Calcutta medical institutions reports 1879-81 [i.e.91]
Year: 1879
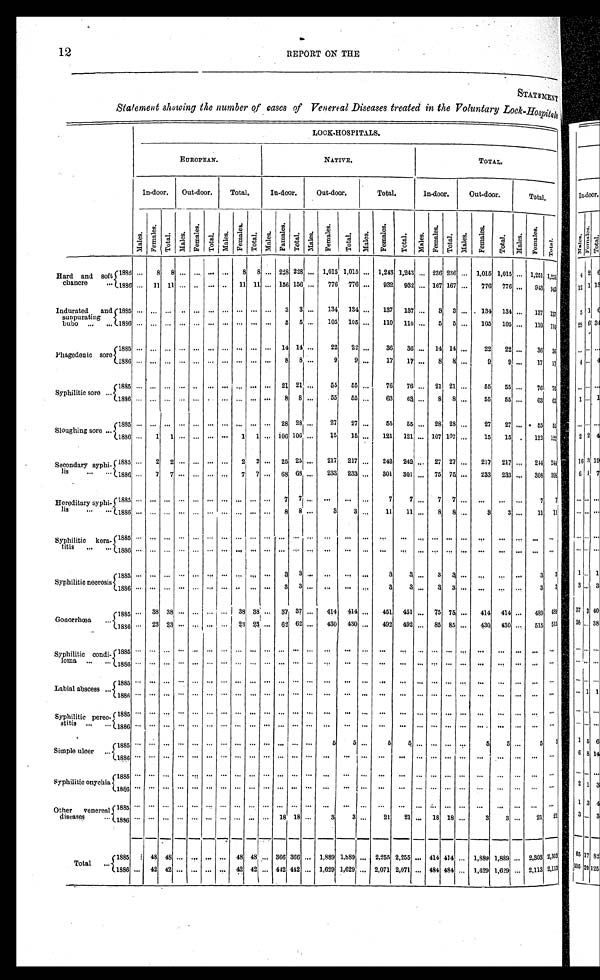
12
REPORT ON THE
Statement showing the number of cases of Venereal Diseases treated in the Voluntary Lock-Hospitals
L O C K - H O S P I T A L S .
E U R O P E A N .
NATIVE.
TOTAL.
I n - d o o r .
Out-doorTotal.
In-door.Out-door. Total.
In-door.Out-door. Total.
M a l e s . Femal es.Total.Males.Femal es.Total.Males.Femal es.Total.Males.Femal es. Total.Males.Females. Total. Mal es.Females.Total.Males.Femal es.Total.Males.Females.Total.Males.Females.Total.
Ha r d a n d s o f t c h a n c r e
1885 . . . .
8 8 . . . . . . . . . . . . . . . . 8 8 . . . . 2 2 8 2 2 8 . . . .
1 , 0 1 5
1 , 0 1 5 . . . .
1 , 2 4 3
1 , 2 4 3 . . . . 2 3 6 2 3 6 . . . .
1 , 0 1 5
1 , 0 1 5 . . . .
1 , 2 5 1
1 , 2 5 1
1886 . . . . 1 1 1 1 . . . . . . . . . . . . . . . . 1 1 1 1 . . . . 1 5 6 1 5 6 . . . .
7 7 6
7 7 6 . . . .
9 3 2
9 3 2 . . . . 1 6 7 1 6 7 . . . .
7 7 6
7 7 6 . . . .
9 4 3
9 4 3
I n d u r a t e d a n d s u p p u r a t i n g b u b o
1885 . . . . . . . . . . . . . . . . . . . . . . . . . . . . . . . . . . . . . . . . 3 3 . . . .
1 3 4
1 3 4 . . . .
1 3 7
1 3 7 . . . . 3 3 . . . .
1 3 4
1 3 4 . . . .
1 3 7
1 3 7
1886 . . . . . . . . . . . . . . . . . . . . . . . . . . . . . . . . . . . . . . . . 5 5 . . . .
1 0 5
1 0 5 . . . .
1 1 0
1 1 0 . . . . 5 5 . . . .
1 0 5
1 0 5 . . . .
1 1 0
1 1 0
Phagedenic sore
1885 . . . . . . . . . . . . . . . . . . . . . . . . . . . . . . . . . . . . . . . . 1 4 1 4 . . . .
2 2
2 2 . . . .
3 6
3 6 . . . . 1 4 1 4 . . . .
2 2
2 2 . . . .
3 6
3 6
1886 . . . . . . . . . . . . . . . . . . . . . . . . . . . . . . . . . . . . . . . . 8 8 . . . .
9
9 . . . .
1 7
1 7 . . . . 8 8 . . . .
9
9 . . . .
1 7
1 7
Syphilitic sore
1885 . . . . . . . . . . . . . . . . . . . . . . . . . . . . . . . . . . . . . . . . 2 1 2 1 . . . .
5 5
5 5 . . . .
7 6
7 6 . . . . 2 1 2 1 . . . .
5 5
5 5 . . . .
7 6
7 6
1886 . . . . . . . . . . . . . . . . . . . . . . . . . . . . . . . . . . . . . . . . 8 8 . . . .
5 5
5 5 . . . .
6 3
6 3 . . . . 8 8 . . . .
5 5
5 5 . . . .
6 3
6 3
Sloughing sore
1885 . . . . . . . . . . . . . . . . . . . . . . . . . . . . . . . . . . . . . . . 2 8 2 8 . . . .
2 7
2 7 . . . .
5 5
5 5 . . . . 2 8 2 8 . . . .
2 7
2 7 . . . .
5 5
5 5
1886 . . . . 1 1 . . . . . . . . . . . . . . . . 1 1 . . . . 1 0 6 1 0 6 . . . .
1 5
1 5 . . . .
1 2 1
1 2 1 . . . . 1 0 7 1 0 7 . . . .
1 5
1 5 . . . .
1 2 2
1 2 2
Secondar y syphi l i s
1885 . . . . 2 2 . . . . . . . . . . . . . . . . 2 2 . . . . 2 5 2 5 . . . .
2 1 7
2 1 7 . . . .
2 4 2
2 4 2 . . . . 2 7 2 7 . . . .
2 1 7
2 1 7 . . . .
2 4 4
2 4 4
1886 . . . . 7 7 . . . . . . . . . . . . . . . . 7 7 . . . . 6 8 6 8 . . . .
2 3 3
2 3 3 . . . .
3 0 1
3 0 1 . . . . 7 5 7 5 . . . .
2 3 3
2 3 3 . . . .
3 0 8
3 0 8
Hereditary syphilis
1885 . . . . . . . . . . . . . . . . . . . . . . . . . . . . . . . . . . . . . . . . 7 7 . . . .
. . . .
. . . . . . . .
7
7 . . . . 7 7 . . . .
. . . .
. . . . . . . .
7
7
1886 . . . . . . . . . . . . . . . . . . . . . . . . . . . . . . . . . . . . . . . . 8 8 . . . .
3
3 . . . .
1 1
1 1 . . . . 8 8 . . . .
3
3 . . . .
1 1
1 1
Syphilitic keratitis 1885
. . . . . . . .
. . . . . . . . . . . . . . . . . . . . . . . . . . . . . . . . . . . .
. . . . . . . .
. . . .
. . . . . . . .
. . . .
. . . . . . . . . . . . . . . . . . . .
. . . .
. . . . . . . .
. . . .
. . . .
1886 . . . . . . . . . . . . . . . . . . . . . . . . . . . . . . . . . . . . . . . . . . . . . . . . . . . .
. . . .
. . . . . . . .
. . . .
. . . . . . . . . . . . . . . . . . . .
. . . .
. . . . . . . .
. . . .
. . . .
Syphilitic necrosis
1885 . . . . . . . . . . . . . . . . . . . . . . . . . . . . . . . . . . . . . . . . 3 3 . . .
. . . .
. . . . . . . .
3
3 . . . . 3 3 . . . .
. . . .
. . . . . . . .
3
3
1886 . . . . . . . . . . . . . . . . . . . . . . . . . . . . . . . . . . . . . . . . 3 3 . . . .
. . . .
. . . . . . . .
3
3 . . . . 3 3 . . . .
. . . .
. . . . . . . .
3
3
Gonorrhœa
1885 . . . . 3 8 3 8 . . . . . . . . . . . . . . . . 3 8 3 8 . . . . 3 7 3 7 . . . .
4 1 4
4 1 4 . . . .
4 5 1
4 5 1 . . . . 7 5 7 5 . . . .
4 1 4
4 1 4 . . . .
4 8 9
4 8 9
1886 . . . . 2 3 2 3 . . . . . . . . . . . . . . . . 2 3 2 3 . . . . 6 2 6 2 . . . .
4 3 0
4 3 0 . . . .
4 9 2
4 9 2 . . . . 8 5 8 5 . . . .
4 3 0
4 3 0 . . . .
5 1 5
5 1 5
Syphilitic condiloma
1885 . . . . . . . . . . . . . . . . . . . . . . . . . . . . . . . . . . . . . . . . . . . . . . . . . . . .
. . . .
. . . . . . . .
. . . .
. . . . . . . . . . . . . . . . . . . .
. . . .
. . . . . . . .
. . . . . . . .
1886 . . . . . . . . . . . . . . . . . . . . . . . . . . . . . . . . . . . . . . . . . . . . . . . . . . . .
. . . .
. . . . . . . .
. . . .
. . . . . . . . . . . . . . . . . . . .
. . . .
. . . . . . . .
. . . . . . . .
Labial abscess
1885 . . . . . . . . . . . . . . . . . . . . . . . . . . . . . . . . . . . . . . . . . . . . . . . . . . . .
. . . .
. . . . . . . .
. . . .
. . . . . . . . . . . . . . . . . . . .
. . . .
. . . . . . . .
. . . . . . . .
1886 . . . . . . . . . . . . . . . . . . . . . . . . . . . . . . . . . . . . . . . . . . . . . . . . . . . .
. . . .
. . . . . . . .
. . . .
. . . . . . . . . . . . . . . . . . . .
. . . .
. . . . . . . .
. . . . . . . .
Syphilitic pereostitis
1885 . . . . . . . . . . . . . . . . . . . . . . . . . . . . . . . . . . . . . . . . . . . . . . . . . . . .
. . . .
. . . . . . . .
. . . .
. . . . . . . . . . . . . . . . . . . .
. . . .
. . . . . . . .
. . . . . . . .
1886 . . . . . . . . . . . . . . . . . . . . . . . . . . . . . . . . . . . . . . . . . . . . . . . . . . . .
. . . .
. . . . . . . .
. . . .
. . . . . . . . . . . . . . . . . . . .
. . . .
. . . . . . . .
. . . . . . . .
Simple ulcer
1885 . . . . . . . . . . . . . . . . . . . . . . . . . . . . . . . . . . . . . . . . . . . . . . . . . . . .
5
5 . . . .
5
5 . . . . . . . . . . . . . . . .
5
5 . . . .
5 5
1886 . . . . . . . . . . . . . . . . . . . . . . . . . . . . . . . . . . . . . . . . . . . . . . . . . . . .
. . . .
. . . . . . . .
. . . .
. . . . . . . . . . . . . . . . . . . .
. . . .
. . . . . . . .
. . . . . . . .
Syphilitic onychia
1885 . . . . . . . . . . . . . . . . . . . . . . . . . . . . . . . . . . . . . . . . . . . . . . . . . . . .
. . . .
. . . . . . . .
. . . .
. . . . . . . . . . . . . . . . . . . .
. . . .
. . . . . . . .
. . . . . . . .
1886 . . . . . . . . . . . . . . . . . . . . . . . . . . . . . . . . . . . . . . . . . . . . . . . . . . . .
. . . .
. . . . . . . .
. . . .
. . . . . . . . . . . . . . . . . . . .
. . . .
. . . . . . . .
. . . .
. . . .
Other veneral diseases
1885 . . . . . . . . . . . . . . . . . . . . . . . . . . . . . . . . . . . . . . . . . . . . . . . . . . . .
. . . .
. . . . . . . .
. . . .
. . . . . . . . . . . . . . . . . . . .
. . . .
. . . . . . . .
. . . .
. . . .
1886 . . . . . . . . . . . . . . . . . . . . . . . . . . . . . . . . . . . . . . . . 1 8 1 8
. . . .
3
3 . . . .
2 1
2 1 . . . . 1 8
1 8
. . . .
3
3 . . . .
2 1
2 1
T o t a l .
1885 . . . . 4 8 4 8 . . . . . . . . . . . . . . . . 4 8 4 8 . . . . 3 6 6 3 6 6 . . . .
1 , 8 8 9
1 , 8 8 9 . . . .
2 , 2 5 5
2 , 2 5 5 . . . . 4 1 4 4 1 4 . . . .
1 , 8 8 9
1 , 8 8 9 . . . .
2 , 3 0 3
2 , 3 0 3
1886 . . . . 4 2 4 2 . . . . . . . . . . . . . . . . 4 2 4 2 . . . . 4 4 2 4 4 2 . . . .
1 , 6 2 9
1 , 6 2 9 . . . .
2 , 0 7 1
2 , 0 7 1 . . . . 4 8 4 4 8 4 . . . .
1 , 6 2 9
1 , 6 2 9 . . . .
2 , 1 1 3
2 , 1 1 3